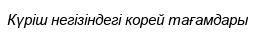
Күріш негізіндегі корей тағамдары